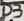
Text: D3